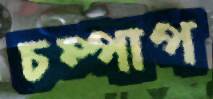
চম্পাপ